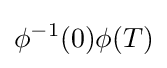
\phi ^{-1}(0)\phi (T)